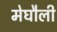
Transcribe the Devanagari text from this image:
मेघौली